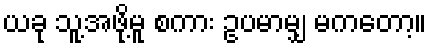
ယခု သူ့အဖို့မူ စကား ဥပမာမျှ မကတော့။